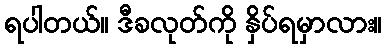
ရပါတယ်။ ဒီခလုတ်ကို နှိပ်ရမှာလား။